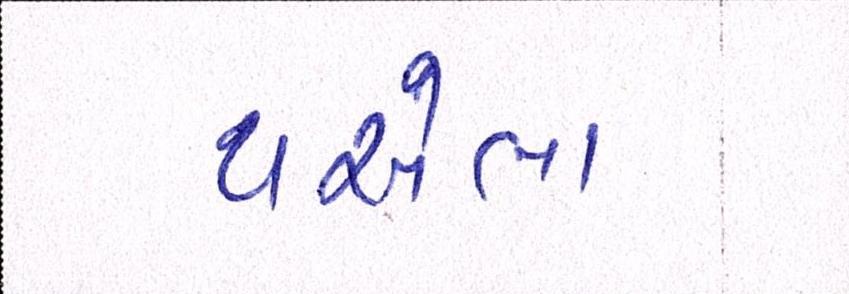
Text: થએલા